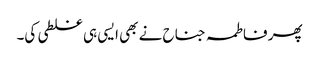
پھر فاطمہ جناح نے بھی ایسی ہی غلطی کی۔